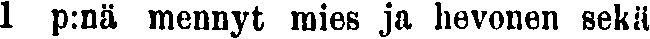
1 p:nä mennyt mies ja hevonen sekä